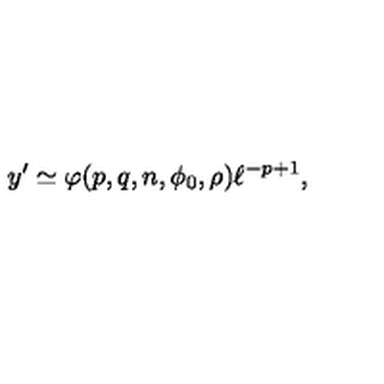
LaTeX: y ^ { \prime } \simeq \varphi ( p , q , n , \phi _ { 0 } , \rho ) \ell ^ { - p + 1 } ,